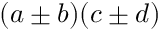
( a \pm b ) ( c \pm d )